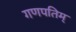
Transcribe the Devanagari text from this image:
गणपतिम्‌